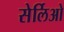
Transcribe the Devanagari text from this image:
सेर्लिओ